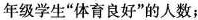
年级学生”体育良好”的人数；